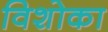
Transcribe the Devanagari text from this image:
विशोका